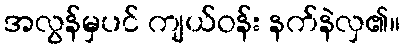
အလွန်မှပင် ကျယ်ဝန်း နက်နဲလှ၏။